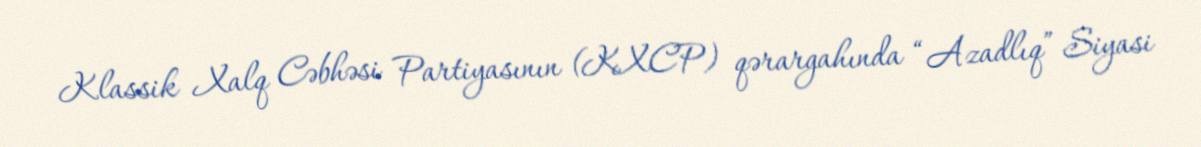
Klassik Xalq Cəbhəsi Partiyasının (KXCP) qərargahında “Azadlıq” Siyasi